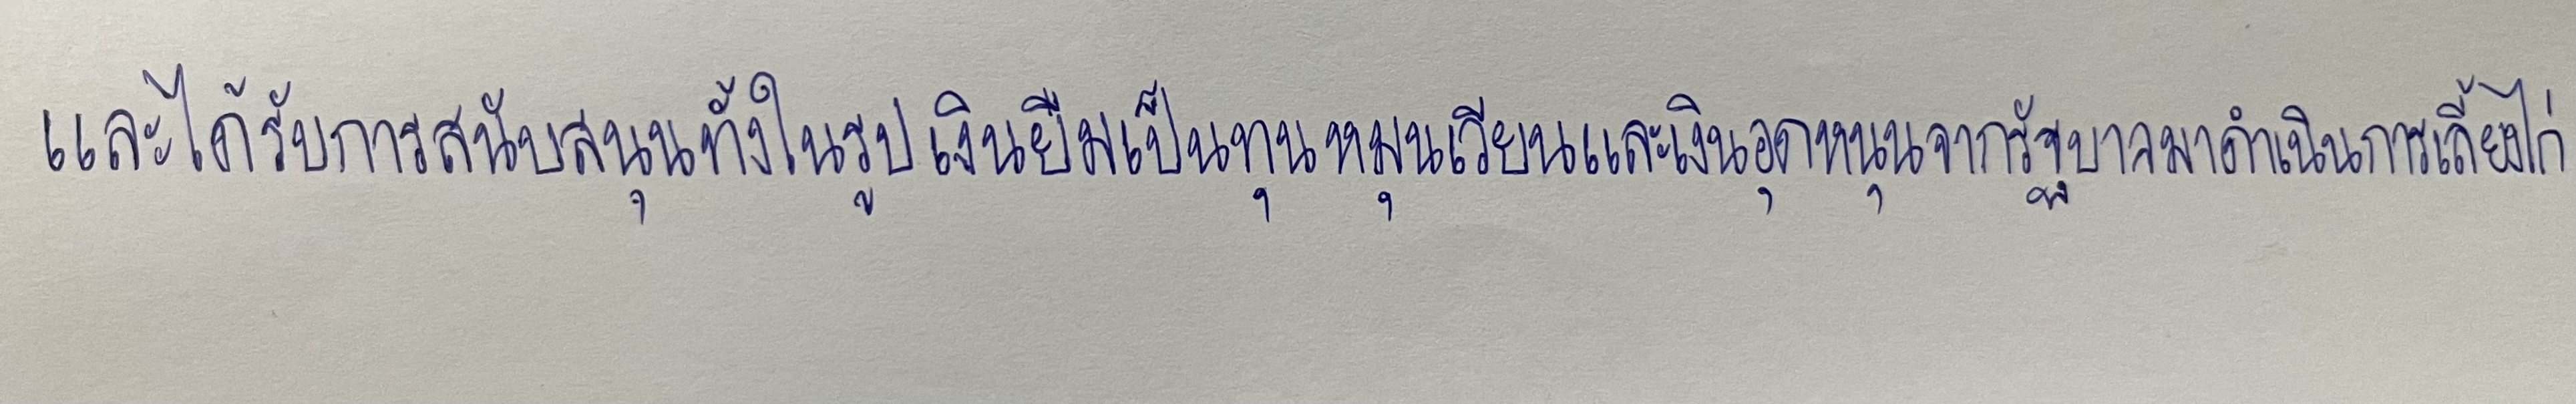
และได้รับการสนับสนุนทั้งในรูปเงินยืมเป็นทุนหมุนเวียนและเงินอุดหนุนจากรัฐบาลมาดำเนินการเลี้ยงไก่